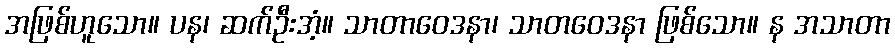
အဖြစ်ဟူသော။ ပန၊ ဆက်ဦးအံ့။ သာတာဝေဒနာ၊ သာတဝေဒနာ ဖြစ်သော။ န အသာတာ